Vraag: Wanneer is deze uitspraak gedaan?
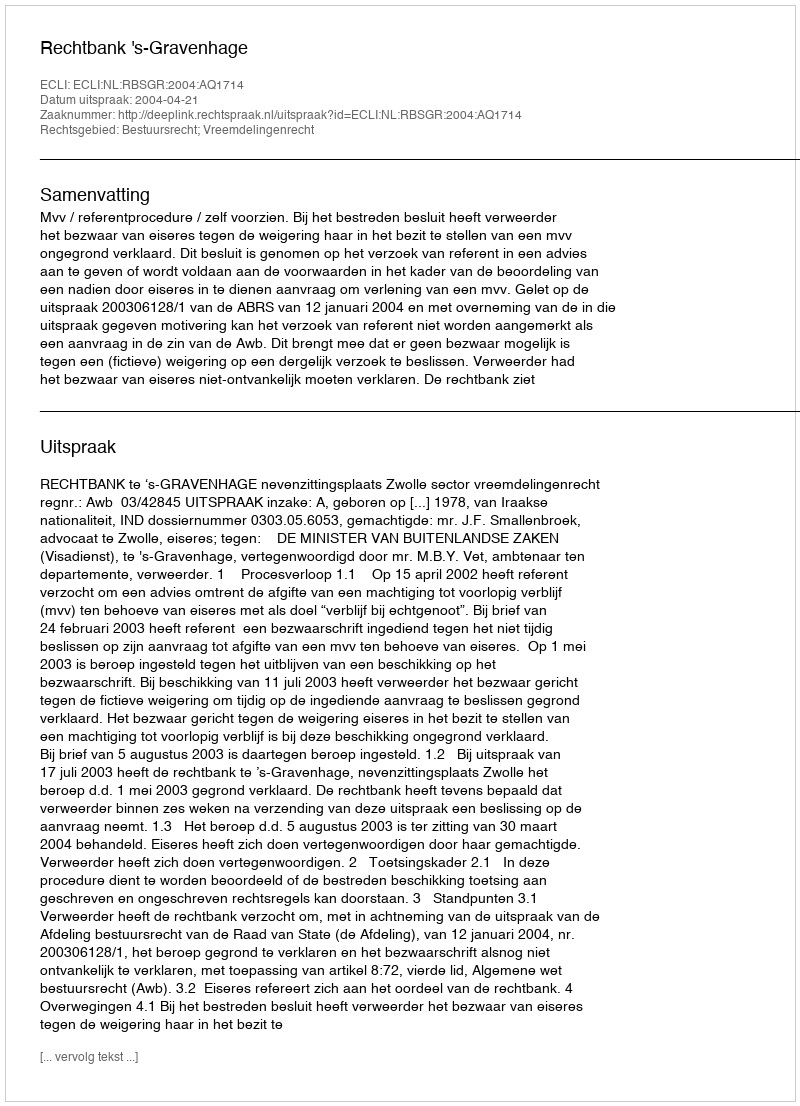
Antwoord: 2004-04-21